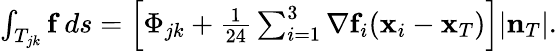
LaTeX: \begin{array}{r}{\int_{T_{jk}}{\mathbf f}\, ds=\left[\Phi_{jk}+\frac{1}{24}\sum_{i=1}^{3}\nabla{\mathbf f}_{i}({\mathbf x}_{i}-{\mathbf x}_{T})\right]|{\mathbf n}_{T}|.}\end{array}